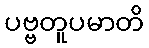
ပဗ္ဗတူပမာတိ